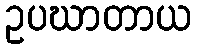
ဥပဃာတာယ